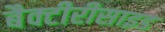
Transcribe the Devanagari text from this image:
बैक्टीरीसाइड